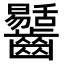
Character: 𪙶